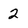
Character: 2